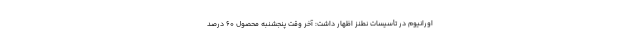
اورانیوم در تأسیسات نطنز اظهار داشت: آخر وقت پنجشنبه محصول 60 درصد